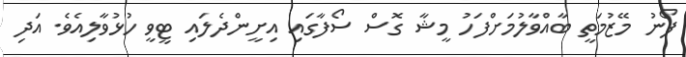
ފޯނު މޭޒުމަތީ ބާއްވާލުމަށްފަހު މީޝާ ގޮސް ސޯފާގައި އިށީންދެލައި ޓީވީ ހުޅުވާލިއެވެ. އަދި